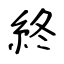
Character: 終